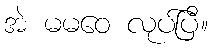
အဲ မမဝေ လုပ်ပြီ။